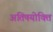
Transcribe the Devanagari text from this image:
अतिषयोक्ति